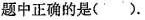
题中正确的是（）。